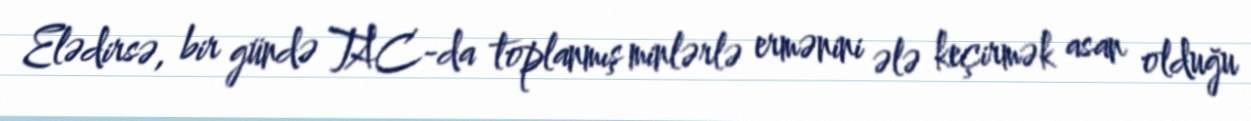
Elədirsə, bir gündə TAC-da toplanmış minlərlə ermənini ələ keçirmək asan olduğu